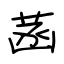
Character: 菡